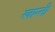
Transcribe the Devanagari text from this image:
खान्ती